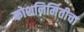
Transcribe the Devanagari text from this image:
कोशनिर्मितीचा